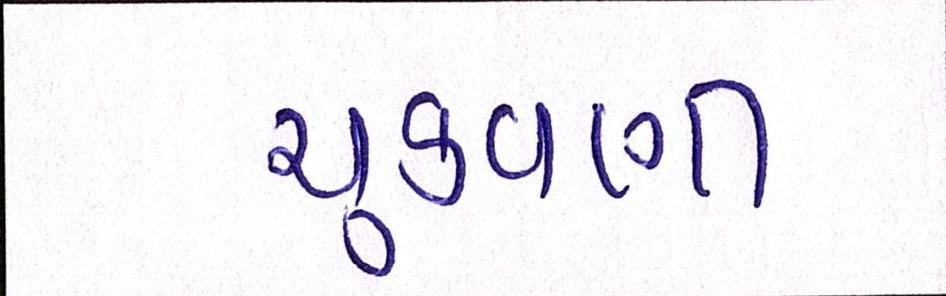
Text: ચુકવણી